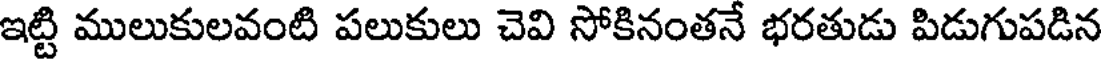
ఇట్టి ములుకులవంటి పలుకులు చెవి సోకినంతనే భరతుడు పిడుగుపడిన